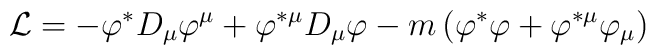
{\cal L}=-\varphi ^{\ast }D_{\mu }\varphi ^{\mu }+\varphi ^{\ast \mu }D_{\mu}\varphi -m\left( \varphi ^{\ast }\varphi +\varphi ^{\ast \mu }\varphi _{\mu}\right)